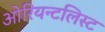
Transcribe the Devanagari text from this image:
ओरियन्टलिस्ट